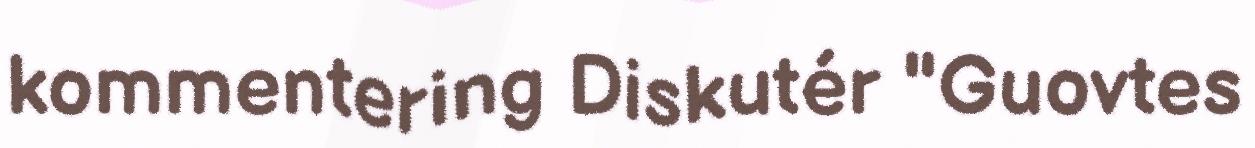
kommentering Diskutér "Guovtes